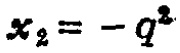
\(x_{2}=-q^{2}\)